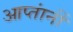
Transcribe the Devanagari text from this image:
आप्तांनीं